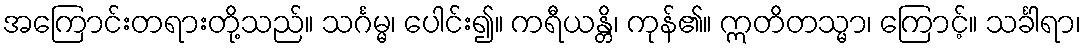
အကြောင်းတရားတို့သည်။ သင်္ဂမ္မ၊ ပေါင်း၍။ ကရီယန္တိ၊ ကုန်၏။ ဣတိတသ္မာ၊ ကြောင့်။ သင်္ခါရာ၊